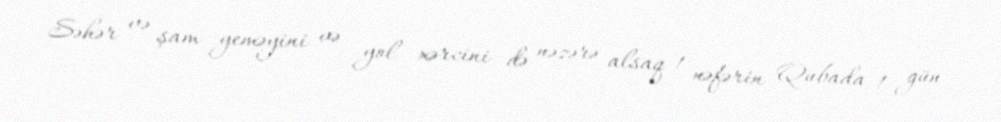
Səhər və şam yeməyini və yol xərcini də nəzərə alsaq 1 nəfərin Qubada 1 gün